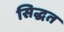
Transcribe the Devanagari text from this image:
सिद्धत